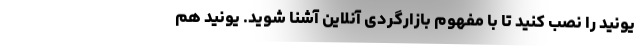
یونید را نصب کنید تا با مفهوم بازارگردی آنلاین آشنا شوید. یونید هم